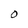
Character: O